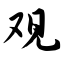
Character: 观